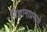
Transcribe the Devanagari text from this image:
विज्ञानाप्रमाणे